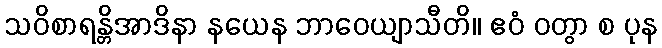
သဝိစာရန္တိအာဒိနာ နယေန ဘာဝေယျာသီတိ။ ဧဝံ ဝတွာ စ ပုန